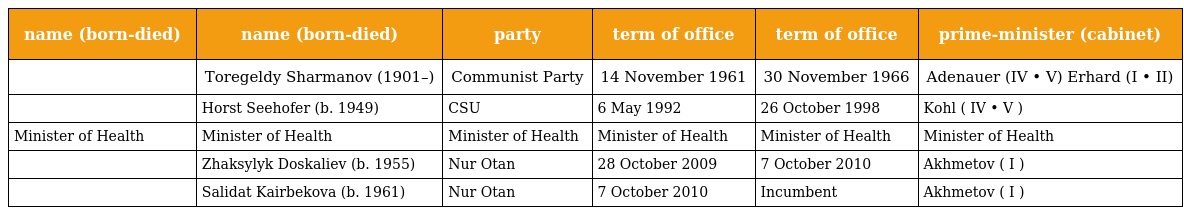
| name (born-died) | name (born-died) | party | term of office | term of office | prime-minister (cabinet) |
 | --- | --- | --- | --- | --- | --- |
 |  | Toregeldy Sharmanov (1901–) | Communist Party | 14 November 1961 | 30 November 1966 | Adenauer (IV • V) Erhard (I • II) |
 |  | Horst Seehofer (b. 1949) | CSU | 6 May 1992 | 26 October 1998 | Kohl ( IV • V ) |
 | Minister of Health | Minister of Health | Minister of Health | Minister of Health | Minister of Health | Minister of Health |
 |  | Zhaksylyk Doskaliev (b. 1955) | Nur Otan | 28 October 2009 | 7 October 2010 | Akhmetov ( I ) |
 |  | Salidat Kairbekova (b. 1961) | Nur Otan | 7 October 2010 | Incumbent | Akhmetov ( I ) |